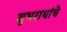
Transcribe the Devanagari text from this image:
शुभरायांचे